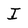
Character: I